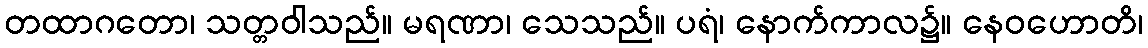
တထာဂတော၊ သတ္တဝါသည်။ မရဏာ၊ သေသည်။ ပရံ၊ နောက်ကာလ၌။ နေဝဟောတိ၊